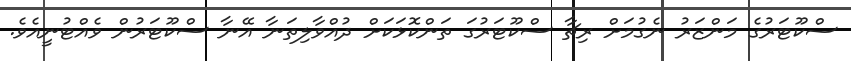
ސްކޫޓަރުގެ މަންޒަރު ނެގުމަށް ރިޗާ ސްކޫޓަރުގަ ތަންކޮޅަކަށް ދުއްވާލިތަނާ އޭނާ ސްކޫޓަރުން ވެއްޓުނީއެވެ.